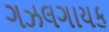
ગઝલગાયક